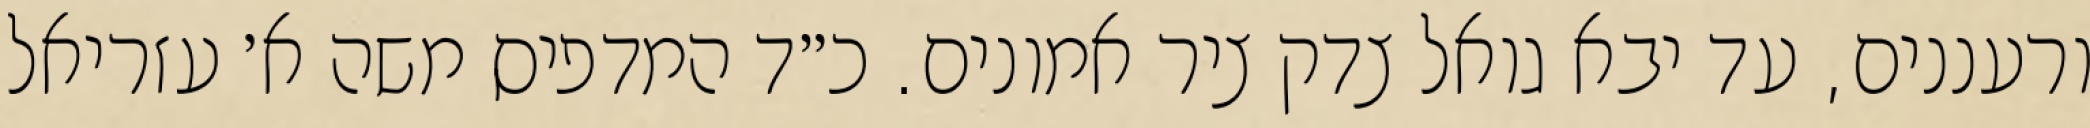
ורעננים, עד יבא גואל צדק ציר אמונים. כ״ד המדפיס משה א׳ עזריאל